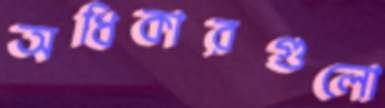
অধিকারগুলো